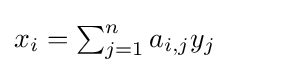
{\textstyle x_{i}=\sum _{j=1}^{n}a_{i,j}y_{j}\qquad }